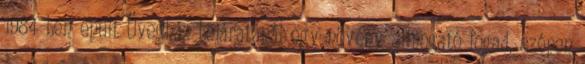
1984-ben épült Üvegház bejáratánál egy növény simogató fogad, szépen